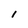
Character: l